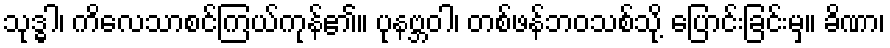
သုဒ္ဓါ၊ ကိလေသာစင်ကြယ်ကုန်၏။ ပုနဗ္ဘဝါ၊ တစ်ဖန်ဘဝသစ်သို့ ပြောင်းခြင်းမှ။ ခိဏာ၊